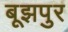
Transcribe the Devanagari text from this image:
बूझपुर